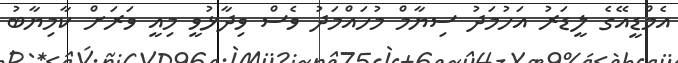
އެމްޑީއޭގެ ލީޑަރު އަހުމަދު ސިޔާމް މުހައްމަދު ވެސް ވިދާޅުވީ މިއީ ވަރަށް ކާމިޔާބު